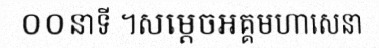
០០នាទី ។សម្តេចអគ្គមហាសេនា